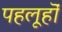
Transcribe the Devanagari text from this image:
पहलूहॊं